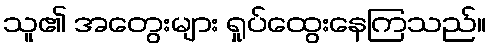
သူ၏ အတွေးများ ရှုပ်ထွေးနေကြသည်။